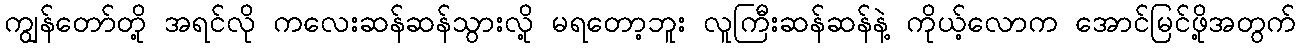
ကျွန်တော်တို့ အရင်လို ကလေးဆန်ဆန်သွားလို့ မရတော့ဘူး လူကြီးဆန်ဆန်နဲ့ ကိုယ့်လောက အောင်မြင်ဖို့အတွက်